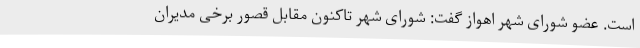
است. عضو شورای شهر اهواز گفت: شورای شهر تاکنون مقابل قصور برخی مدیران